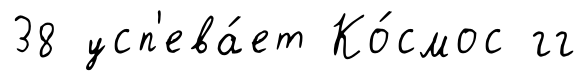
38 усп'ева́ет Ко́смос гг